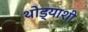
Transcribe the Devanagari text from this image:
थोड्याशी